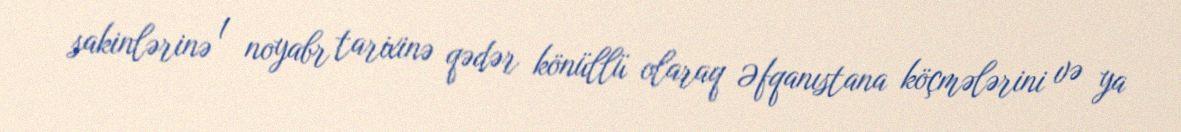
sakinlərinə 1 noyabr tarixinə qədər könüllü olaraq Əfqanıstana köçmələrini və ya